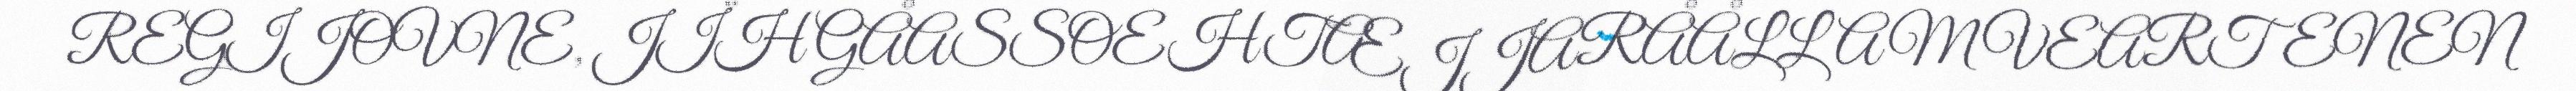
REGIJOVNE, JÏH GÅASSOEHTÆJJARÅÅLLAM VEARTENEN